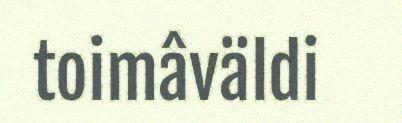
toimâväldi